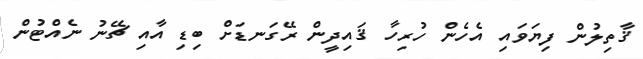
ޤާތިލުން ފިޔަވައި އެހެން ހުރިހާ ޤައިދީން ރޭގަނޑަށް ބިޑި އާއި ޗޭނު ނެއްޓުން